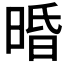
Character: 𣇲